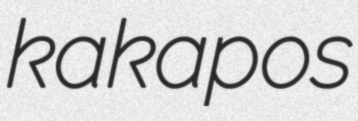
kakapos